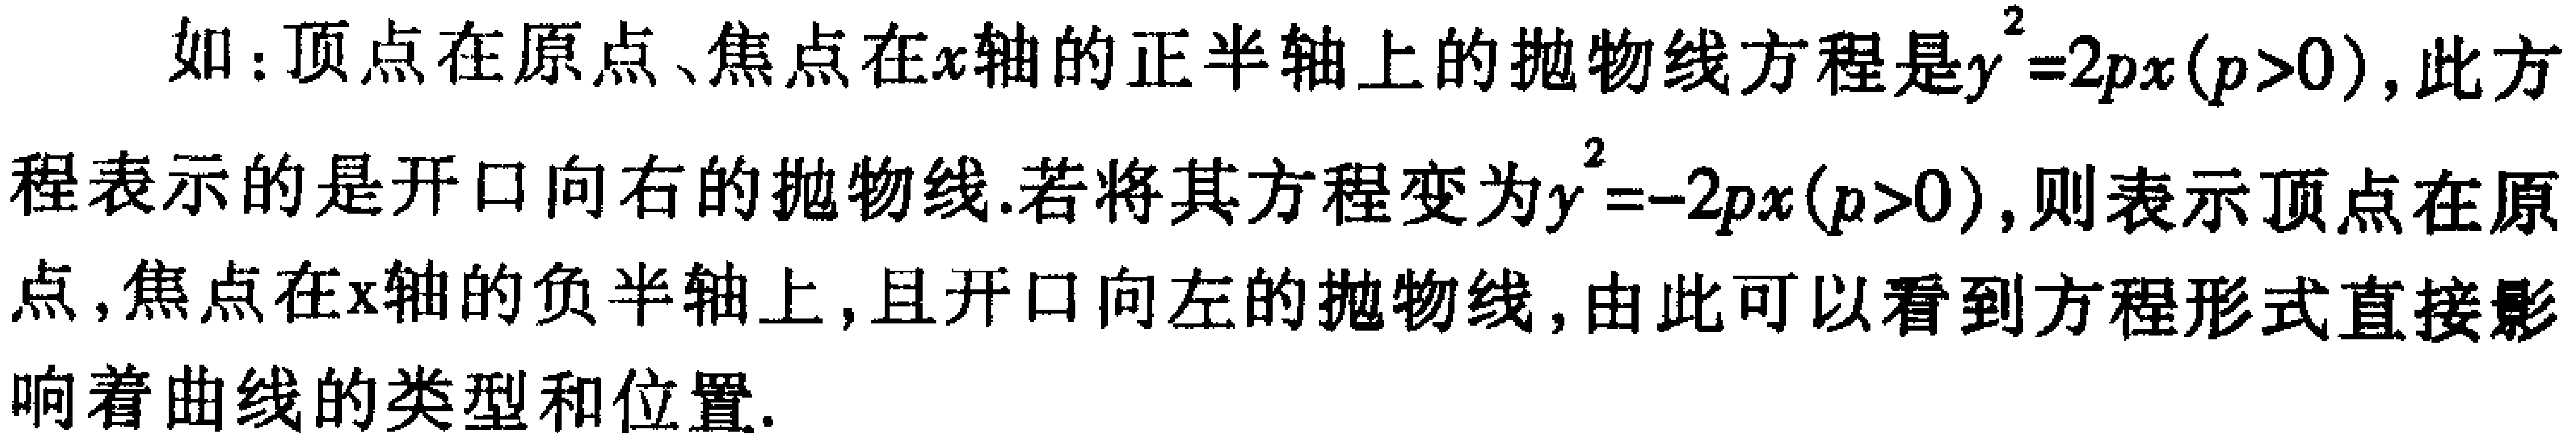
如：顶点在原点、焦点在\(x\)轴的正半轴上的抛物线方程是\(y^{2}=2px(p > 0)\)，此方程表示的是开口向右的抛物线.若将其方程变为\(y^{2}=-2px(p > 0)\)，则表示顶点在原点，焦点在\(x\)轴的负半轴上，且开口向左的抛物线，由此可以看到方程形式直接影响着曲线的类型和位置.